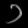
Digit: ၁